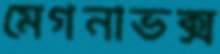
মেগনাভক্স